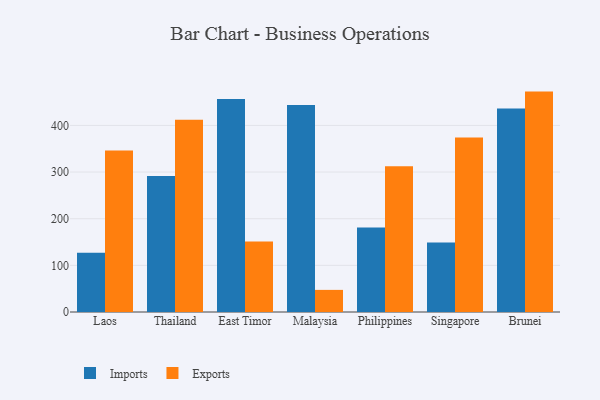
{"axis": {"x": "Country", "y": "Budget (USD K)"}, "legend": ["Exports", "Imports"], "data": [{"x": "Laos", "y": 126.8, "type": "Imports"}, {"x": "Laos", "y": 346.2, "type": "Exports"}, {"x": "Thailand", "y": 291.4, "type": "Imports"}, {"x": "Thailand", "y": 412.4, "type": "Exports"}, {"x": "East Timor", "y": 456.7, "type": "Imports"}, {"x": "East Timor", "y": 151.0, "type": "Exports"}, {"x": "Malaysia", "y": 443.7, "type": "Imports"}, {"x": "Malaysia", "y": 47.4, "type": "Exports"}, {"x": "Philippines", "y": 181.4, "type": "Imports"}, {"x": "Philippines", "y": 312.6, "type": "Exports"}, {"x": "Singapore", "y": 149.1, "type": "Imports"}, {"x": "Singapore", "y": 374.0, "type": "Exports"}, {"x": "Brunei", "y": 436.1, "type": "Imports"}, {"x": "Brunei", "y": 472.5, "type": "Exports"}]}